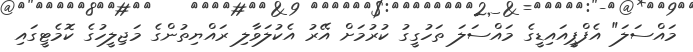
މައްސަލަ" އެފްޕީއައިޑީގެ މައްސަލަ ތަހުގީގު ކުރުމަށް އޭރު އެކުލަވާލި ރައްޔިތުންގެ މަޖިލީހުގެ ކޮމެޓީގައި